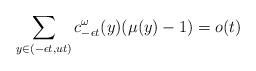
LaTeX: \begin{align*}\sum_{y\in (-\epsilon t,ut)} c^\omega_{-\epsilon t}(y) (\mu(y)-1)=o(t)\end{align*}